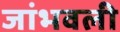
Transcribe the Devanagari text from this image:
जांभवली